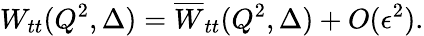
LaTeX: W_{tt}(Q^{2},\Delta)=\overline{{{W}}}_{tt}(Q^{2},\Delta)+O(\epsilon^{2}).